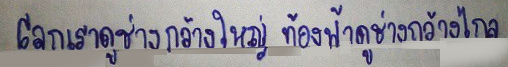
โลกเราดูช่างกว้างใหญ่ท้องฟ้าดูช่างกว้างไกล